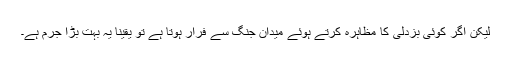
لیکن اگر کوئی بزدلی کا مظاہرہ کرتے ہوئے میدان جنگ سے فرار ہوتا ہے تو یقینا یہ بہت بڑا جرم ہے۔